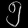
Digit: ၅